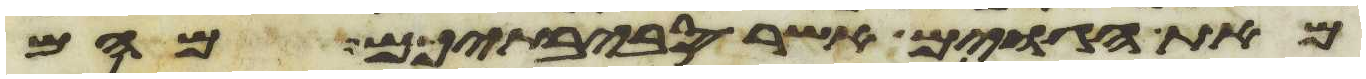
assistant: מאת הגוים אשר סביבתיכם מהם